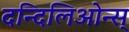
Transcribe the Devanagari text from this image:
दन्दिलिओन्स्